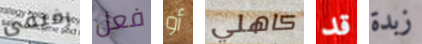
رفيقى فعل أو كاهلي قد زبدة